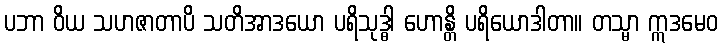
ပဘာ ဝိယ သဟဇာတာပိ သတိအာဒယော ပရိသုဒ္ဓါ ဟောန္တိ ပရိယောဒါတာ။ တသ္မာ ဣဒမေဝ